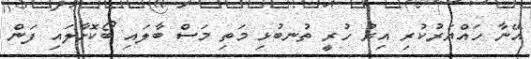
އޭނާ ހައްޔަރުކުރި އިރު ހުރީ ތުނބުޅި މަތި މަސް ބާލައި ބޯކޮށާލައި ފަން